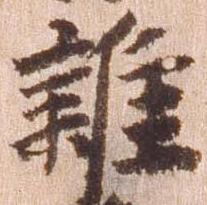
雑